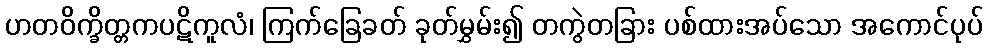
ဟတဝိက္ခိတ္တကပဋိကူလံ၊ ကြက်ခြေခတ် ခုတ်မွှမ်း၍ တကွဲတခြား ပစ်ထားအပ်သော အကောင်ပုပ်